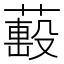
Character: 𦼷